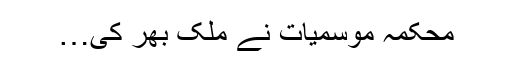
محکمہ موسمیات نے ملک بھر کی…